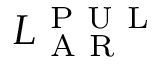
L _ { \mathrm { ~ A ~ R ~ } } ^ { \mathrm { ~ P ~ U ~ L ~ } }